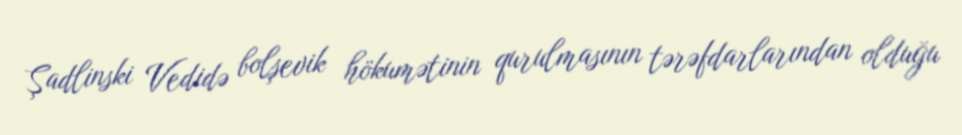
Şadlinski Vedidə bolşevik hökumətinin qurulmasının tərəfdarlarından olduğu